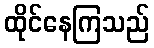
ထိုင်နေကြသည်